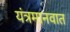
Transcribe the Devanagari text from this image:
यंत्रमानवात